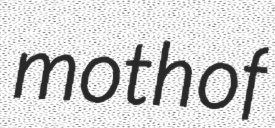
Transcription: moth of